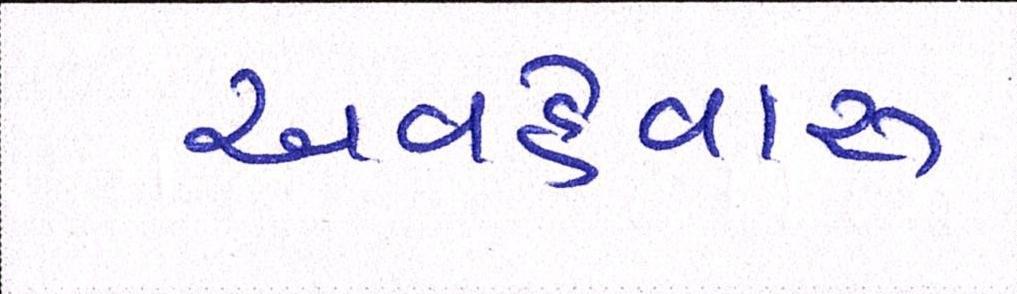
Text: અવહેવારુ